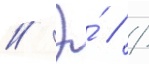
// Э́ // /